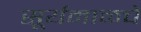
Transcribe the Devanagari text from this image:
सूर्यमाळचे